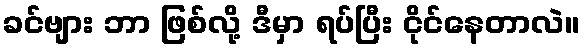
ခင်ဗျား ဘာ ဖြစ်လို့ ဒီမှာ ရပ်ပြီး ငိုင်နေတာလဲ။